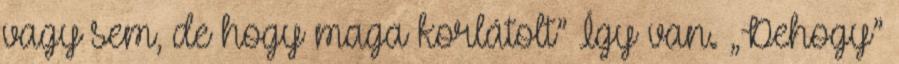
vagy sem, de hogy maga korlátolt” Így van. „Dehogy”